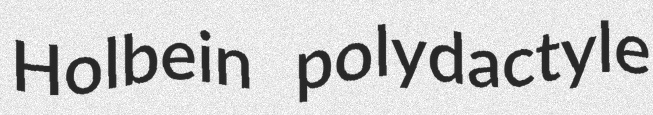
Holbein polydactyle